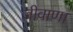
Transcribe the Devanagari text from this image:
जीवाणा